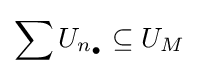
\sum U_{n_{\bullet }}\subseteq U_{M}